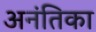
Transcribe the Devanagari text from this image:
अनंतिका